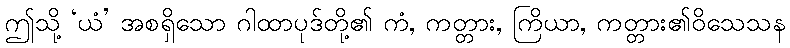
ဤသို့ ‘ယံ’ အစရှိသော ဂါထာပုဒ်တို့၏ ကံ, ကတ္တား, ကြိယာ, ကတ္တား၏ဝိသေသန